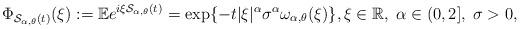
LaTeX: \begin{align*}\Phi _{\mathcal{S}_{\alpha ,\theta }(t)}(\xi ):=\mathbb{E}e^{i\xi \mathcal{S}_{\alpha ,\theta }(t)}=\exp \{-t|\xi |^{\alpha }\sigma ^{\alpha }\omega_{\alpha ,\theta }(\xi )\},\xi \in \mathbb{R},\;\alpha \in(0,2],\;\sigma >0, \end{align*}